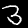
Label: 3